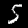
Label: 5